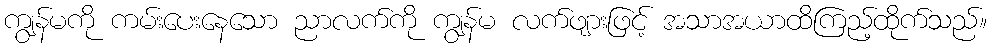
ကျွန်မကို ကမ်းပေးနေသော ညာလက်ကို ကျွန်မ လက်ဖျားဖြင့် အသာအယာထိကြည့်ထိုက်သည်။